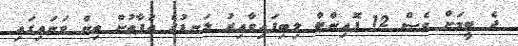
ދެ ޓީމަށް ވެސް 12 ޕޮއިންޓް ލިބިފައިވާއިރު ލަނޑުގެ ތަފާތުން ތިން ވަނައިގައި